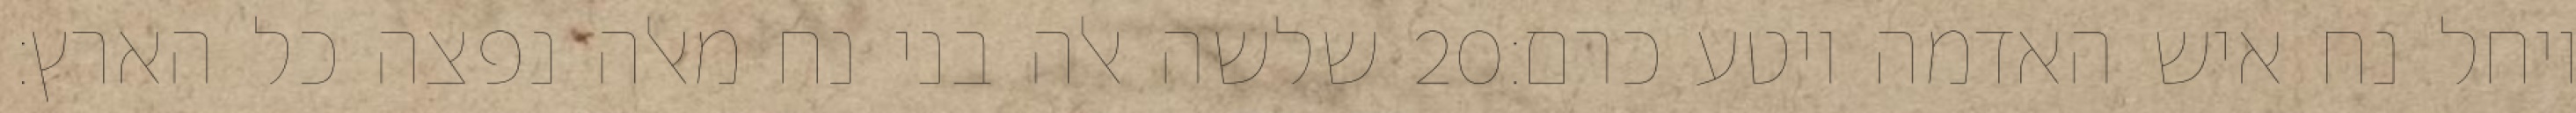
שלשה אלה בני נח מאלה נפצה כל הארץ׃ ‎20‏ ויחל נח איש האדמה ויטע כרם׃